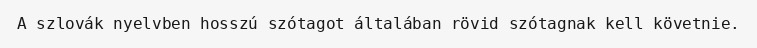
A szlovák nyelvben hosszú szótagot általában rövid szótagnak kell követnie.